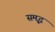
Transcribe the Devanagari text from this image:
समृ्द्ध